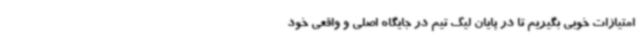
امتیازات خوبی بگیریم تا در پایان لیگ تیم در جایگاه اصلی و واقعی خود